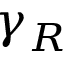
\gamma _ { R }